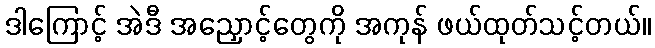
ဒါကြောင့် အဲဒီ အညှောင့်တွေကို အကုန် ဖယ်ထုတ်သင့်တယ်။